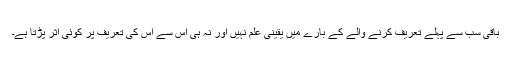
باقی سب سے پہلے تعریف کرنے والے کے بارے میں یقینی علم نہیں اور نہ ہی اس سے اس کی تعریف پر کوئی اثر پڑتا ہے۔